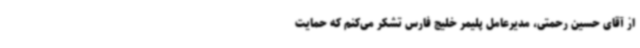
از آقای حسین رحمتی، مدیرعامل پلیمر خلیج فارس تشکر می‌کنم که حمایت